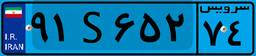
۹۱S۶۵۲۷۴